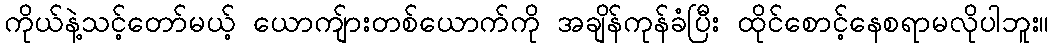
ကိုယ်နဲ့သင့်တော်မယ့် ယောကျ်ားတစ်ယောက်ကို အချိန်ကုန်ခံပြီး ထိုင်စောင့်နေစရာမလိုပါဘူး။